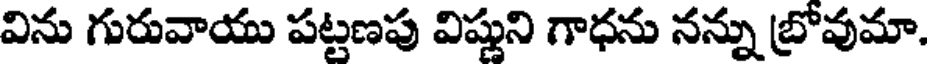
విను గురువాయు పట్టణపు విష్ణుని గాధను నన్ను బ్రోవుమా.